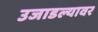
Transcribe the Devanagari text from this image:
उजाडल्यावर